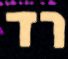
רד